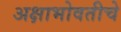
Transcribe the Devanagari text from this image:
अक्षाभोवतीचे